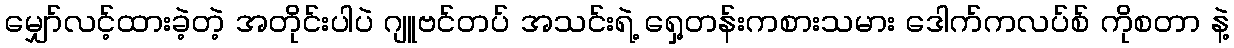
မျှော်လင့်ထားခဲ့တဲ့ အတိုင်းပါပဲ ဂျူဗင်တပ် အသင်းရဲ့ ရှေ့တန်းကစားသမား ဒေါက်ကလပ်စ် ကိုစတာ နဲ့